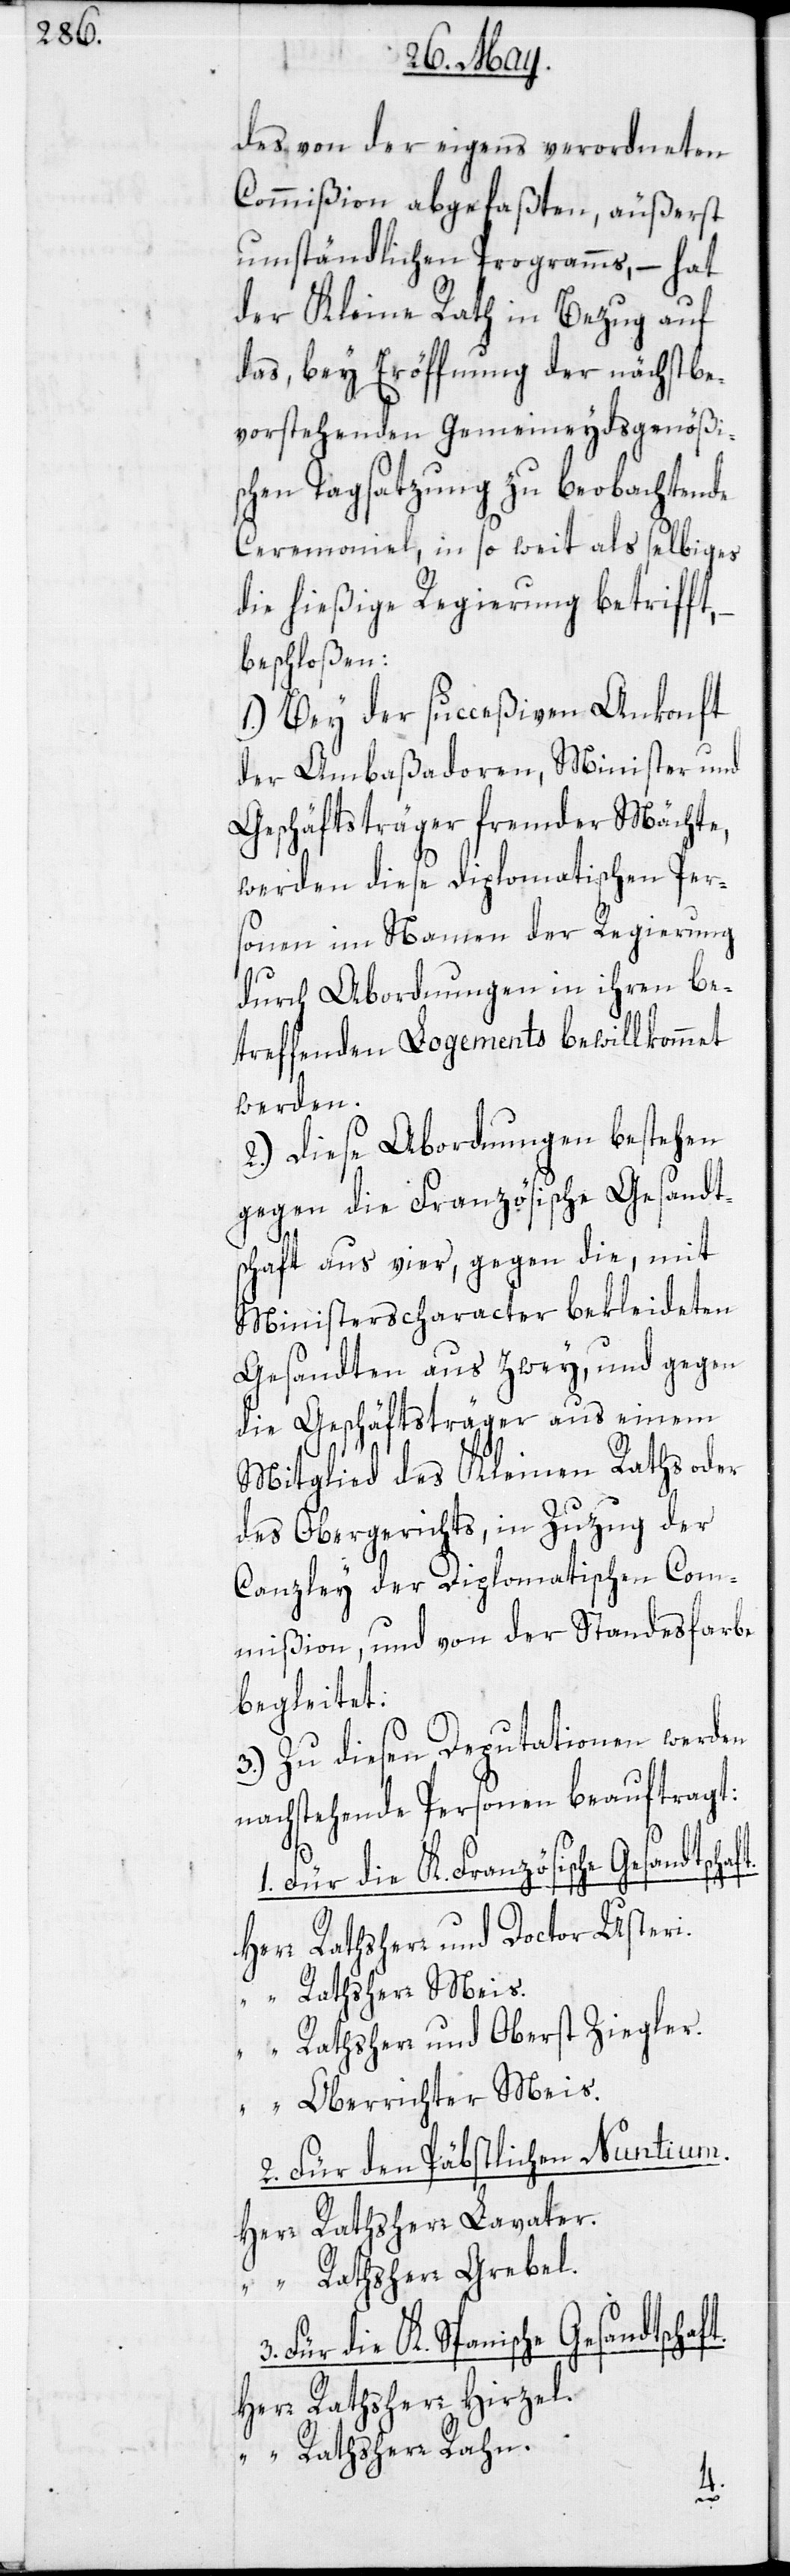
des von der eigens verordneten
Commißion abgefaßten, äußerst
umständlichen Programms, – hat
der Kleine Rath in Bezug auf
das, bey Eröffnung der nächstbe¬
vorstehenden gemeineydsgenößi¬
schen Tagsatzung zu beobachtende
Ceremoniel, in so weit als selbiges
die hießige Regierung betrifft,
beschloßen:
1.) Bey der succeßiven Ankonft
der Ambaßadoren, Minister und
Geschäftsträger fremder Mächte,
werden diese diplomatischen Per¬
sonen im Namen der Regierung
durch Abordnungen in ihren be¬
treffenden Logements bewillkommet
werden.
2.) Diese Abordnungen bestehen
gegen die Französische Gesandt¬
schaft aus vier, gegen die, mit
Ministerscharacter bekleideten
Gesandten aus zwey, und gegen
die Geschäftsträger aus einem
Mitglied des Kleinen Raths oder
des Obergerichts, in Zuzug der
Canzley der Diplomatischen Com¬
mißion, und von der Standesfarbe
begleitet:
3.) Zu diesen Deputationen werden
nachstehende Personen beauftragt:
Für die K. Spanische Gesandtsch¬
Herr Rathsherr und Doctor Usteri.
“ Rathsherr Meis
“ Rathsherr und Oberst Ziegler.
“ Oberrichter Meis.
2. Für den Päbstlichen Nuntium.
Herr Rathsherr Lavater.
“ Rathsherr Grebel.
Herr Rathsherr Hirzel.
“ Rathsherr Rahn.
aft.